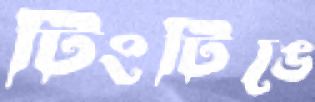
টিংটিঙে